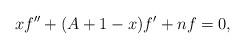
LaTeX: \begin{align*}xf''+(A+1-x)f'+nf=0,\end{align*}